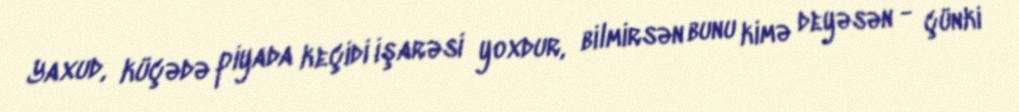
Yaxud, küçədə piyada keçidi işarəsi yoxdur, bilmirsən bunu kimə deyəsən - çünki